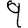
Digit: 9